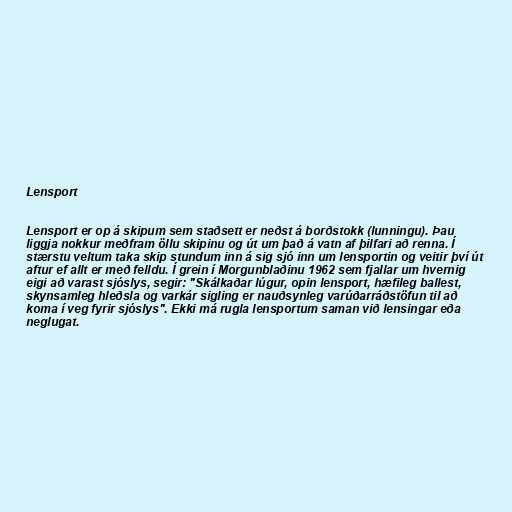
Lensport

Lensport er op á skipum sem staðsett er neðst á borðstokk (lunningu). Þau
liggja nokkur meðfram öllu skipinu og út um það á vatn af þilfari að renna. Í
stærstu veltum taka skip stundum inn á sig sjó inn um lensportin og veitir því út
aftur ef allt er með felldu. Í grein í Morgunblaðinu 1962 sem fjallar um hvernig
eigi að varast sjóslys, segir: "Skálkaðar lúgur, opin lensport, hæfileg ballest,
skynsamleg hleðsla og varkár sigling er nauðsynleg varúðarráðstöfun til að
koma í veg fyrir sjóslys". Ekki má rugla lensportum saman við lensingar eða
neglugat.